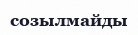
созылмайды